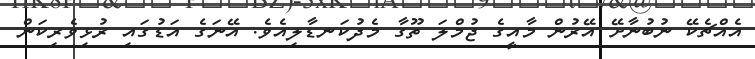
އެއްޗެކޭ ނުބުނާށޭ އޭރުން މާއީގެ ޖުމްލަ ތޫގާ މެދުކަނޑާލިއެވެ. އޭނަގެ އަޑުގައި ރުޅިވެރިކަން